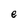
Character: e